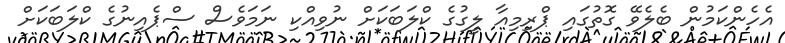
އެހެންކަމުން ބެލެވޭ ގޮތުގައި ޕްރިމިއާ ލީގުގެ ކްލަބަކަށް ނުވިއްކި ނަމަވެސް ސްޕެއިނުގެ ކްލަބަކަށް